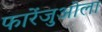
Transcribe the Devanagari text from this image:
फारेंजुओला